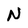
Character: N